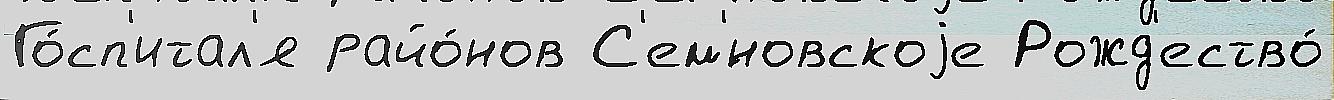
Го́сп'итал'я райо́нов С'ем'́новскоjе Рожд'ество́